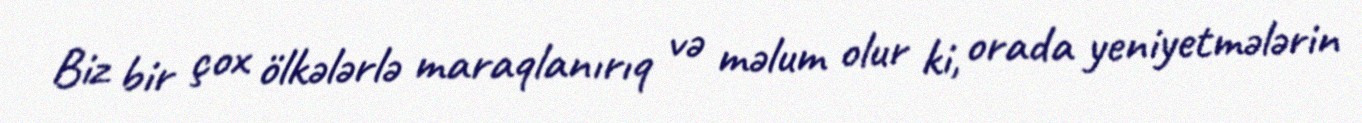
Biz bir çox ölkələrlə maraqlanırıq və məlum olur ki, orada yeniyetmələrin